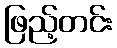
ဖြည့်တင်း